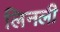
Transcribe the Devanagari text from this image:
लिनली